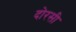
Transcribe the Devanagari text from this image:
दोरसी